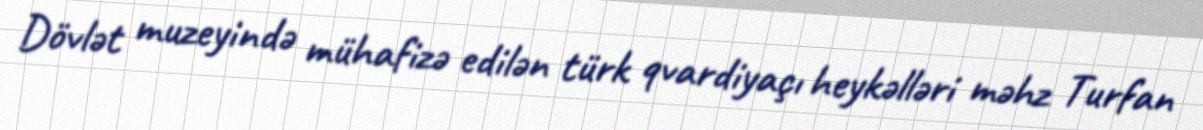
Dövlət muzeyində mühafizə edilən türk qvardiyaçı heykəlləri məhz Turfan